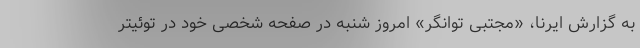
به گزارش ایرنا، «مجتبی توانگر» ‌امروز شنبه در صفحه شخصی خود در توئیتر